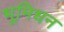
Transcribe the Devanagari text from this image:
भूमिधन